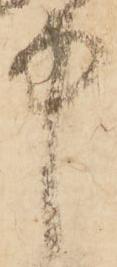
中